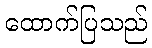
ထောက်ပြသည်